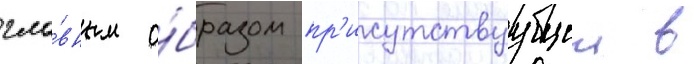
гла́вным о́бразом пр'исутствуущеи в